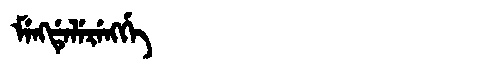
Manchu: ᠮᡝᠩᡩᡝᠯᡝᡵᡝᠩᡤᡝ
Romanization: MENGDELERENGGE